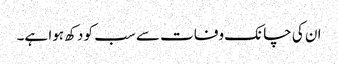
ان کی چانک وفات سے سب کو دکھ ہوا ہے۔